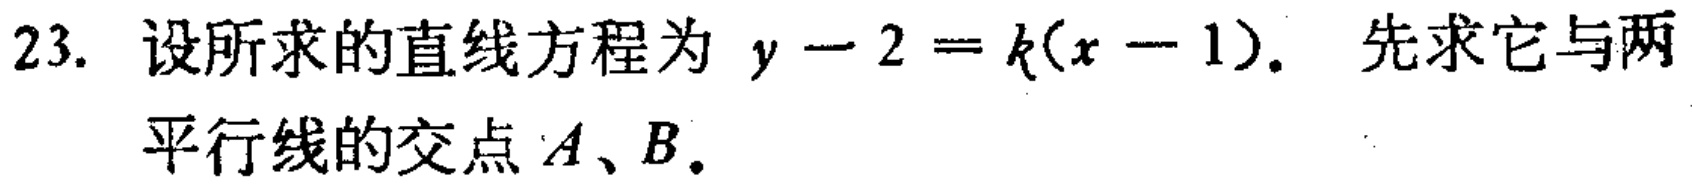
23. 设所求的直线方程为 \(y - 2 = k(x - 1)\). 先求它与两
平行线的交点 \(A、B\).